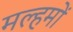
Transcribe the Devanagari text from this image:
मल्हमों